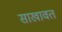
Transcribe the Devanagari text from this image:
साखावत